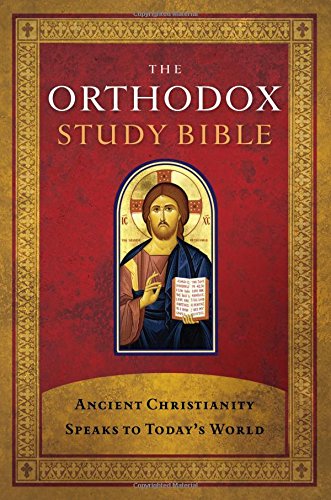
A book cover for The Orthodox Study Bible: Ancient Christianity Speaks to Today's World; St. Athanasius Academy of Orthodox Theology; Christian Books & Bibles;